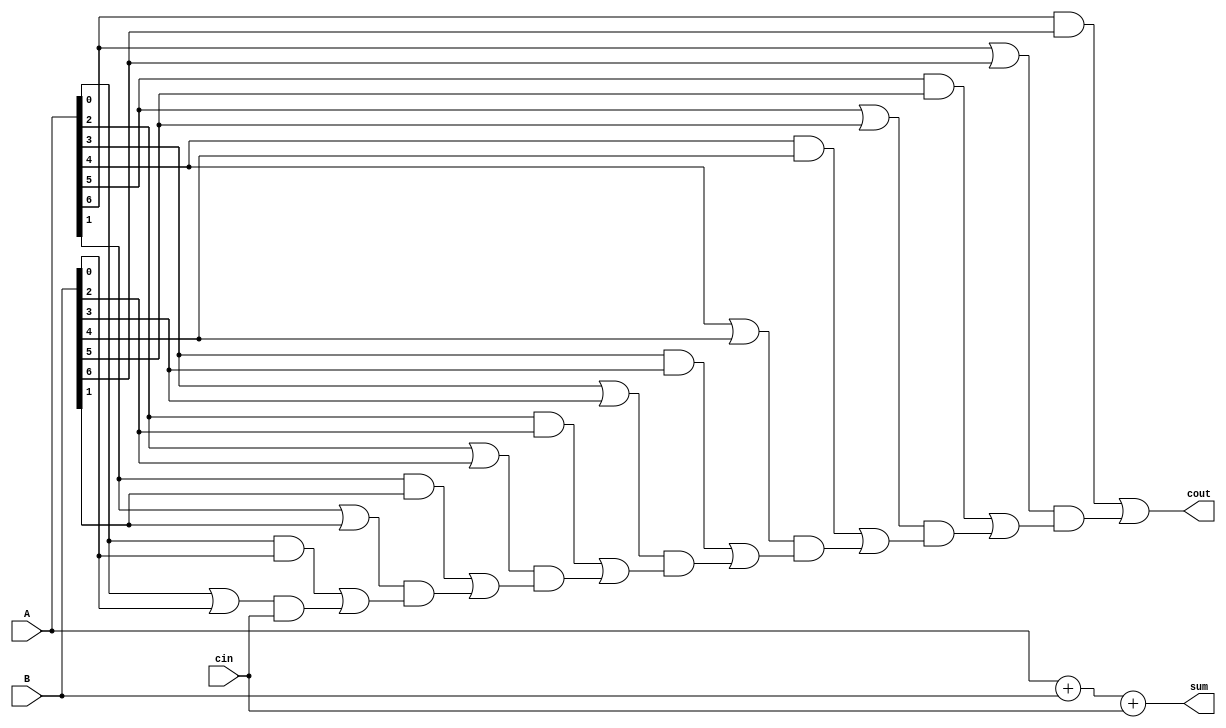
module KoggeStoneAdder(
    input [N-1:0] A,
    input [N-1:0] B,
    input cin,
    output [N-1:0] sum,
    output cout
);

parameter N = 8; // Adjust N as needed for the desired number of bits

// Internal wires
wire [N-1:0] g[N-1:0], p[N-1:0];
wire [N-1:0] c[N-1:0];

assign g[0] = A[0] & B[0];
assign p[0] = A[0] | B[0];
assign c[0] = cin;

generate
    genvar i;
    for (i = 1; i < N; i = i + 1) begin : generate_blocks
        assign g[i] = A[i] & B[i];
        assign p[i] = A[i] | B[i];
        assign c[i] = g[i-1] | (p[i-1] & c[i-1]);
    end
endgenerate

assign sum = A + B + cin;
assign cout = c[N-1];

endmodule